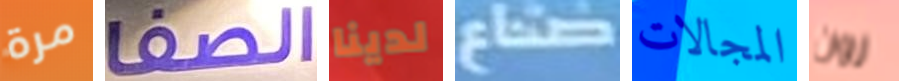
مرة الصفا لدينا صناع المجالات رون